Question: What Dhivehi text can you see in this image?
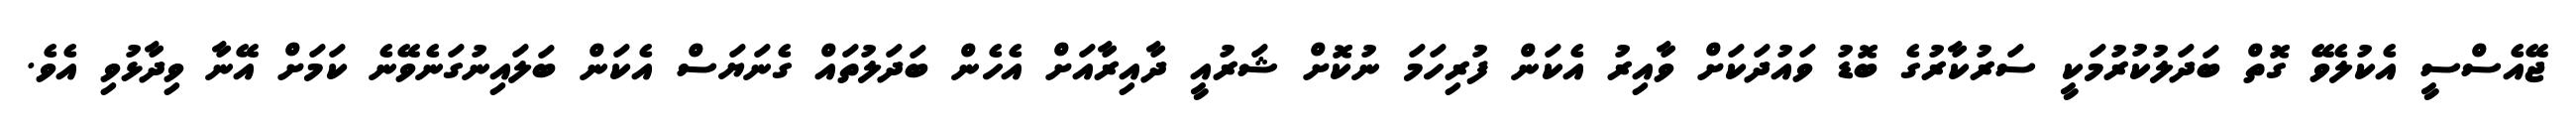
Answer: ޖޭއެސްސީ އެކުލެވޭ ގޮތް ބަދަލުކުރުމަކީ ސަރުކާރުގެ ބޮޑު ވައުދަކަށް ވާއިރު އެކަން ފުރިހަމަ ނުކޮށް ޝަރުއީ ދާއިރާއަށް އެހެން ބަދަލުތައް ގެނަޔަސް އެކަން ބަލައިނުގަނެވޭނެ ކަމަށް އޭނާ ވިދާޅުވި އެވެ.